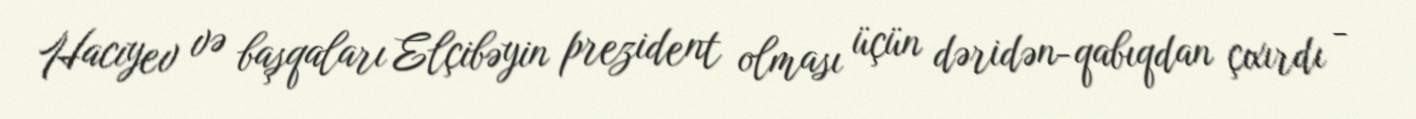
Hacıyev və başqaları Elçibəyin prezident olması üçün dəridən-qabıqdan çıxırdı -